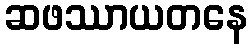
ဆဖဿာယတနေ